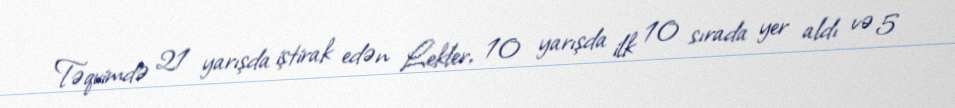
Təqvimdə 21 yarışda iştirak edən Lekler, 10 yarışda ilk 10 sırada yer aldı və 5